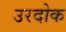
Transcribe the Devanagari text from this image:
उरदोक